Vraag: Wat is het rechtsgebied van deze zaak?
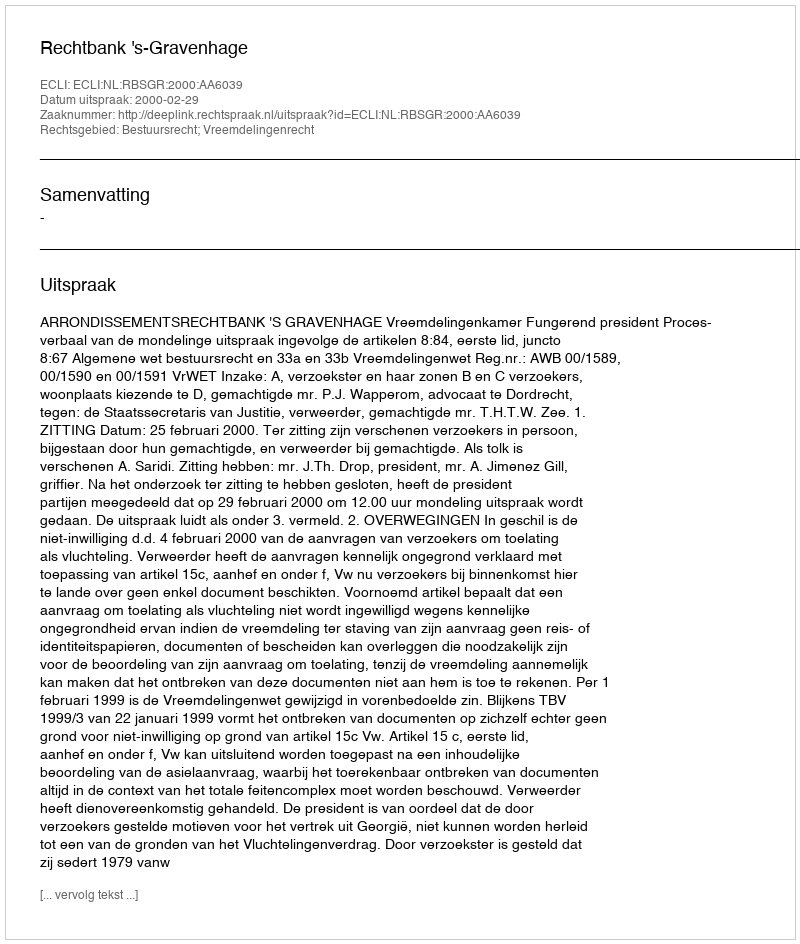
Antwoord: Bestuursrecht; Vreemdelingenrecht